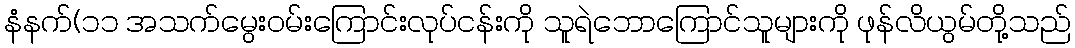
နံနက်(၁၁ အသက်မွေးဝမ်းကြောင်းလုပ်ငန်းကို သူရဲဘောကြောင်သူများကို ဖုန်လိယွမ်တို့သည်